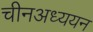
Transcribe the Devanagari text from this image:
चीनअध्ययन